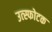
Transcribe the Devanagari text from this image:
उत्स्फोटक